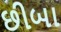
છીબા